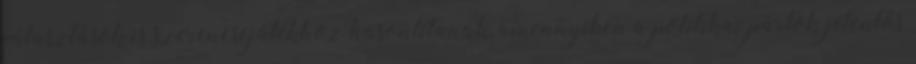
választások is szerencsejátékhoz hasonlítanak, amennyiben a politikai pártok jelentős